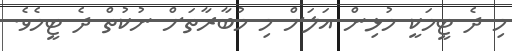
މި ދެ ޓީމަކީ މުޅިން އަލަށް މި މުބާރާތަށް ނުކުތް ދެ ޓީމެވެ.